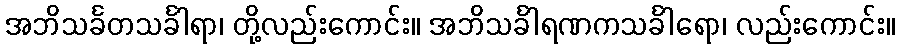
အဘိသင်္ခတသင်္ခါရာ၊ တို့လည်းကောင်း။ အဘိသင်္ခါရဏကသင်္ခါရော၊ လည်းကောင်း။